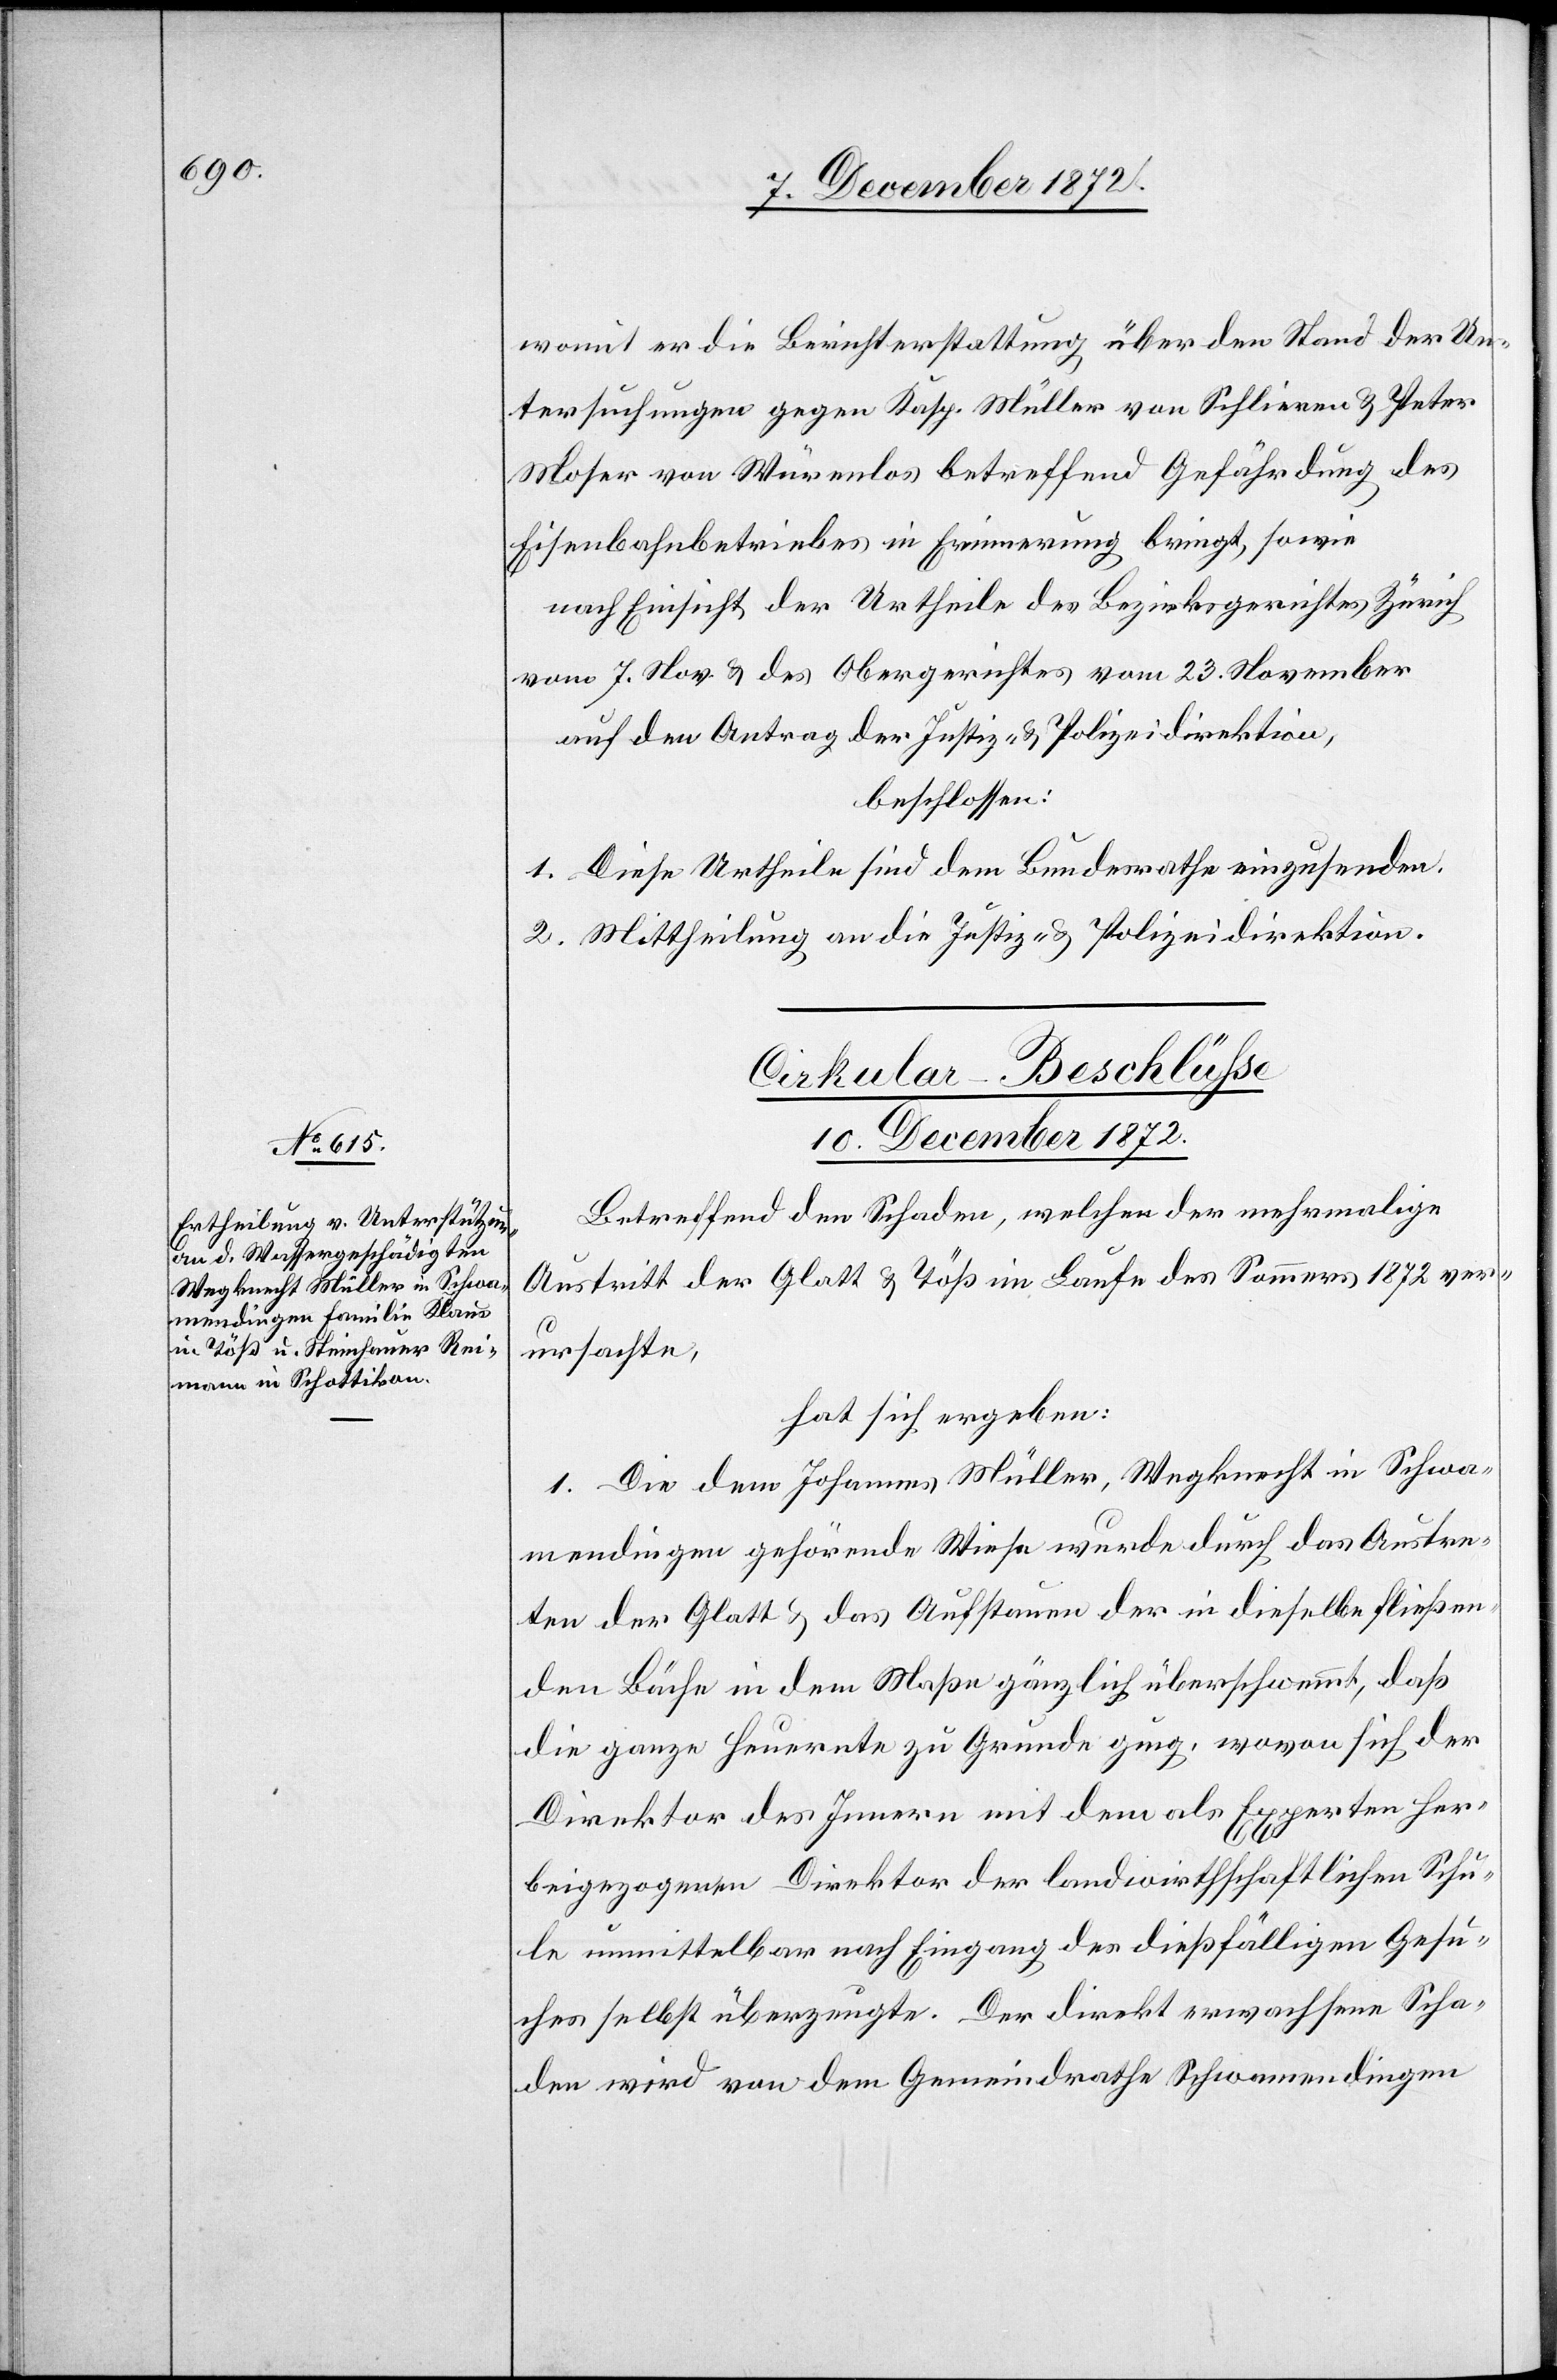
womit er die Berichterstattung über den Stand der Un¬
tersuchungen gegen Kasp. Müller von Schlieren u. Peter
Moser von Würenlos betreffend Gefährdung des
Eisenbahnbetriebes in Erinnerung bringt, sowie
nach Einsicht der Urtheile des Bezirksgerichtes Zürich
vom 7. Nov. u. des Obergerichtes vom 23. November
auf den Antrag der Justiz- u. Polizeidirektion,
beschlossen:
1. Diese Urtheile sind dem Bundesrathe einzusenden.
2. Mittheilung an die Justiz- u. Polizeidirektion.
Cirkular-Beschlüsse
10. December 1872.
Betreffend den Schaden, welchen der mehrmalige
Austritt der Glatt u. Töß im Laufe des Sommers 1872 ver¬
ursachte,
hat sich ergeben:
1. Die dem Johannes Müller, Wegknecht in Schwa¬
mendingen gehörende Wiese wurde durch das Austre¬
ten der Glatt u. das Aufstauen der in dieselbe fließen¬
den Bäche in dem Maße gänzlich überschwemmt, daß
die ganze Heuernte zu Grunde ging, wovon sich der
Direktion des Innern mit dem als Experten her¬
beigezogenen Direktor der landwirthschaftlichen Schu¬
le unmittelbar nach Eingang des dießfälligen Gesu¬
ches selbst überzeugte. Der direkt erwachsene Scha¬
den wird von dem Gemeindrathe Schwamendingen